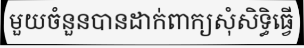
មួយចំនួនបានដាក់ពាក្យសុំសិទ្ធិធ្វើ